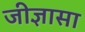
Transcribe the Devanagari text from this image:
जीज्ञासा